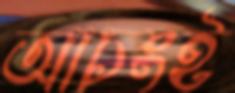
আচংই